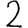
Digit: 2